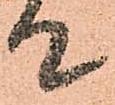
て